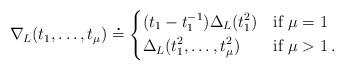
LaTeX: \begin{align*}\nabla_L(t_1,\ldots,t_{\mu}) \overset{\centerdot}{=}\begin{dcases*}(t_1-t_1^{-1})\Delta_L (t_1^2) & if~$\mu=1$ \\\Delta_L (t_1^2,\ldots,t_\mu^2) & if~$\mu >1$\,. \\\end{dcases*}\end{align*}